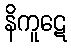
နိကူဋေ